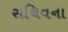
સચિવના